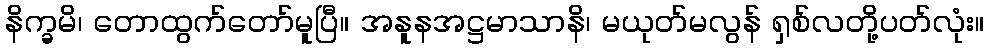
နိက္ခမိ၊ တောထွက်တော်မူပြီ။ အနူနအဋ္ဌမာသာနိ၊ မယုတ်မလွန် ရှစ်လတို့ပတ်လုံး။